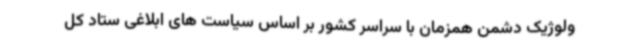
ولوژیک دشمن همزمان با سراسر کشور بر اساس سیاست های ابلاغی ستاد کل